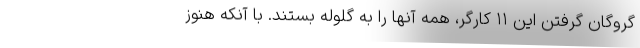
گروگان گرفتن این ۱۱ کارگر، همه آنها را به گلوله بستند. با آنکه هنوز